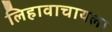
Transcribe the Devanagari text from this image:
लिहावाचायला